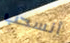
أنسحب